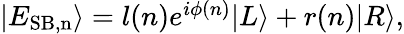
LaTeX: \begin{array}{r}{|E_{\mathrm{SB,n}}\rangle=l(n)e^{i\phi(n)}|L\rangle+r(n)|R\rangle,}\end{array}